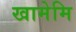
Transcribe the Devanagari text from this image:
खामेमि